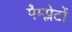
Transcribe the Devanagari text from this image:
पैम्प्लेटों